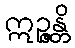
ဣဉ္ဇန္တိ